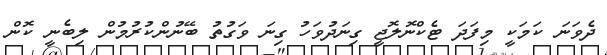
ދެވަނަ ކަމަކީ މިފަދަ ޓެކްނޮލޮޖީ ގިނަދުވަހު ގިނަ ވަގުތު ބޭނުންކުރުމުން ލިބެނީ ކޮން